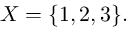
X = \{ 1 , 2 , 3 \} .